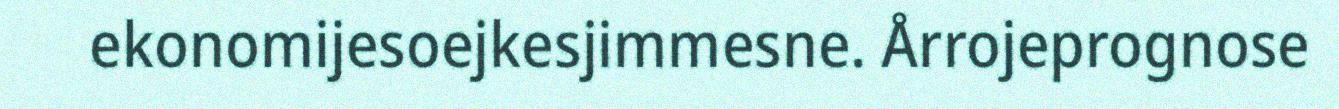
ekonomijesoejkesjimmesne. Årrojeprognose